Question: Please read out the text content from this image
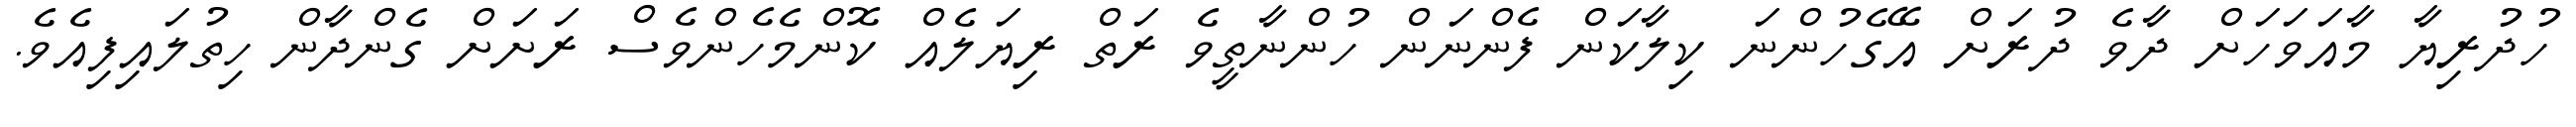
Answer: ހުދުރިޔާ މާއަވަހަށް ދާވެ ދުރަށް އޭގެހުންނަ ކިލާކަން ފެންނަން ހުންނާތީވެ ރަތް ރިޔަލެއް ކޮންމެހެންވެސް ރަށަށް ގެންދާން ހިތުލައިފިއެވެ.